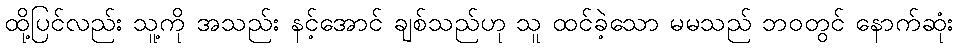
ထို့ပြင်လည်း သူ့ကို အသည်း နင့်အောင် ချစ်သည်ဟု သူ ထင်ခဲ့သော မမသည် ဘဝတွင် နောက်ဆုံး